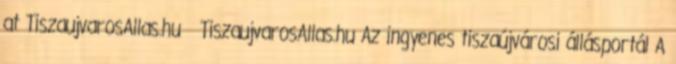
at TiszaujvarosAllas.hu TiszaujvarosAllas.hu Az ingyenes tiszaújvárosi állásportál A